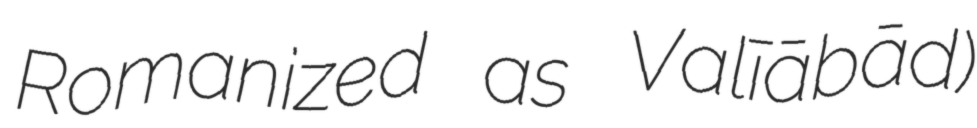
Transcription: Romanized as Valīābād)